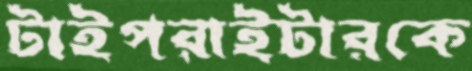
টাইপরাইটারকে